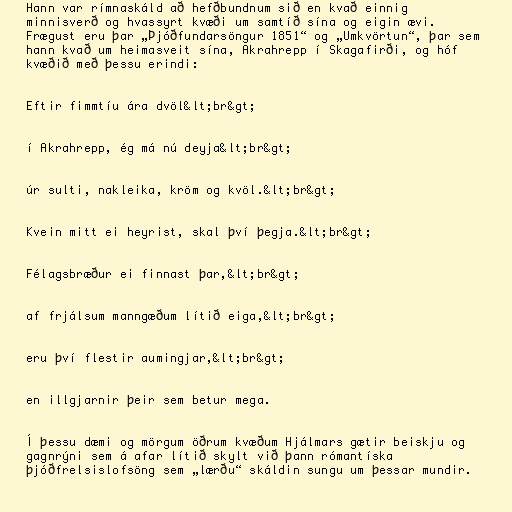
Hann var rímnaskáld að hefðbundnum sið en kvað einnig
minnisverð og hvassyrt kvæði um samtíð sína og eigin ævi.
Frægust eru þar „Þjóðfundarsöngur 1851“ og „Umkvörtun“, þar sem
hann kvað um heimasveit sína, Akrahrepp í Skagafirði, og hóf
kvæðið með þessu erindi:

Eftir fimmtíu ára dvöl&lt;br&gt;

í Akrahrepp, ég má nú deyja&lt;br&gt;

úr sulti, nakleika, kröm og kvöl.&lt;br&gt;

Kvein mitt ei heyrist, skal því þegja.&lt;br&gt;

Félagsbræður ei finnast þar,&lt;br&gt;

af frjálsum manngæðum lítið eiga,&lt;br&gt;

eru því flestir aumingjar,&lt;br&gt;

en illgjarnir þeir sem betur mega.

Í þessu dæmi og mörgum öðrum kvæðum Hjálmars gætir beiskju og
gagnrýni sem á afar lítið skylt við þann rómantíska
þjóðfrelsislofsöng sem „lærðu“ skáldin sungu um þessar mundir.